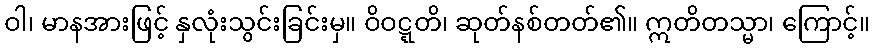
ဝါ၊ မာနအားဖြင့် နှလုံးသွင်းခြင်းမှ။ ဝိဝဋ္ဋတိ၊ ဆုတ်နစ်တတ်၏။ ဣတိတသ္မာ၊ ကြောင့်။